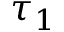
\tau _ { 1 }